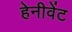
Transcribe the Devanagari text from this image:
हेनीवेंट